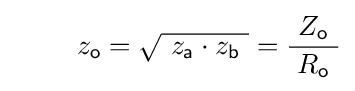
\;\qquad z_{\mathsf {o}}={\sqrt {\ z_{\mathsf {a}}\cdot z_{\mathsf {b}}\ }}={\frac {\ Z_{\mathsf {o}}\ }{R_{\mathsf {o}}}}